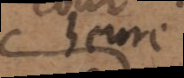
heure